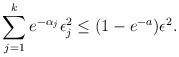
LaTeX: \begin{align*}\sum_{j=1}^{k} e^{-\alpha_j} \epsilon_j^2 \leq (1 - e^{-a})\epsilon^2. \end{align*}